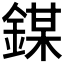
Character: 𨪀